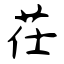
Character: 茌